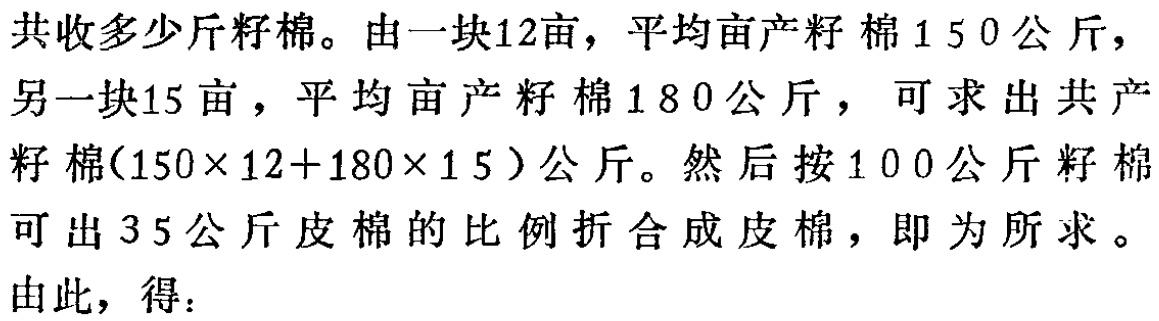
共收多少斤籽棉。由一块12亩，平均亩产籽棉150公斤，另一块15亩，平均亩产籽棉180公斤，可求出共产籽棉\((150\times 12 + 180\times 15)\)公斤。然后按100公斤籽棉可出35公斤皮棉的比例折合成皮棉，即为所求。
由此，得：